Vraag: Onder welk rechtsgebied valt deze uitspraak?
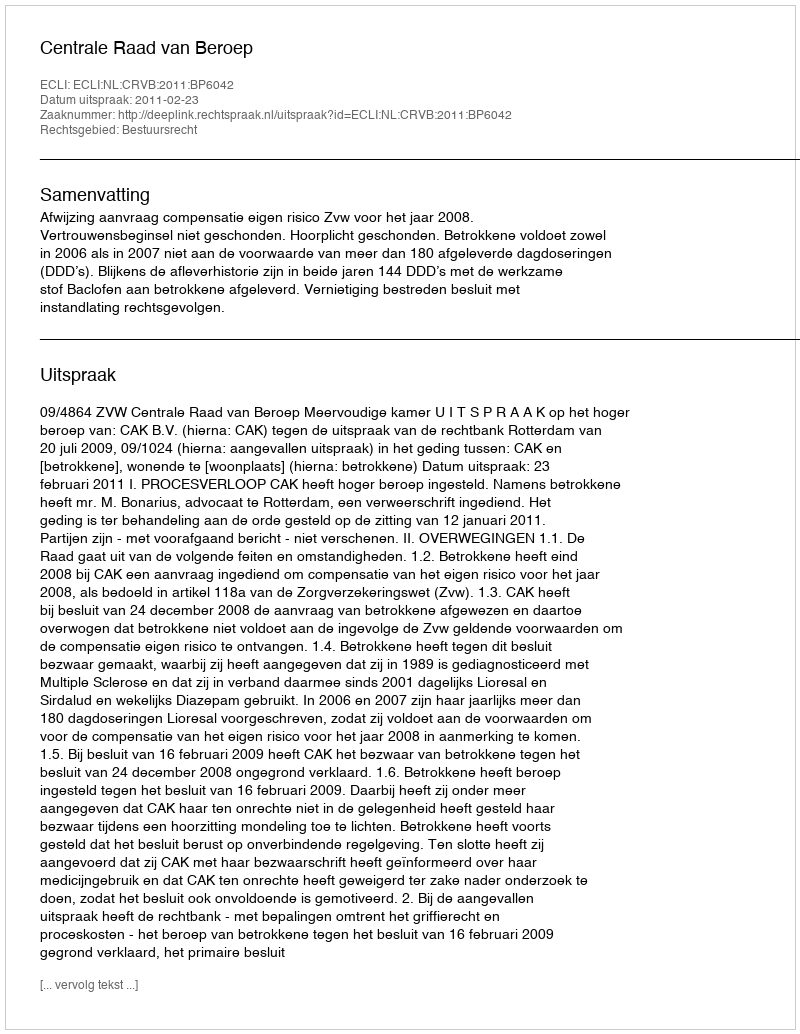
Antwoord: Bestuursrecht